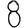
Digit: 8